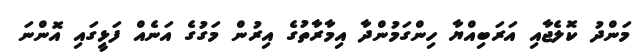
މަންދު ކޮލެޖާއި އަރަބިއްޔާ ހިންގަމުންދާ އިމާރާތުގެ އިރުން މަގުގެ އަނެއް ފަޅީގައި އޮންނަ